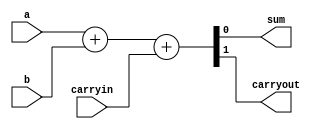
// Adder circuit

module behavioralFullAdder
(
    output sum, 
    output carryout,
    input a, 
    input b, 
    input carryin
);
    // Uses concatenation operator and built-in '+'
    assign {carryout, sum}=a+b+carryin;
endmodule

module structuralFullAdder
(
    output sum, 
    output carryout,
    input a, 
    input b, 
    input carryin
);
   
    wire c, d, e;
	xor ABxor(c, a, b);
	xor sumxor(sum, c, carryin);
	and carryand(d, c, carryin);
	and ABand(e, a, b);
	or carryoutor(carryout, d, e);

endmodule